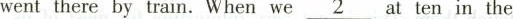
went there by train. When we\underline{2}at ten in the